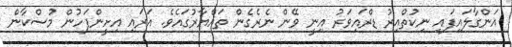
އަންގާލައިފައި ނިކުތްއިރު ޑްރައިވަރު އިނީ ވޭން ނެރެގެން ތައްޔާރުގައެވެ. އަރައި އިށީންފަހުން މުސްކާން